Document type: Sale
Year: 1461
Scribe: [Unknown]
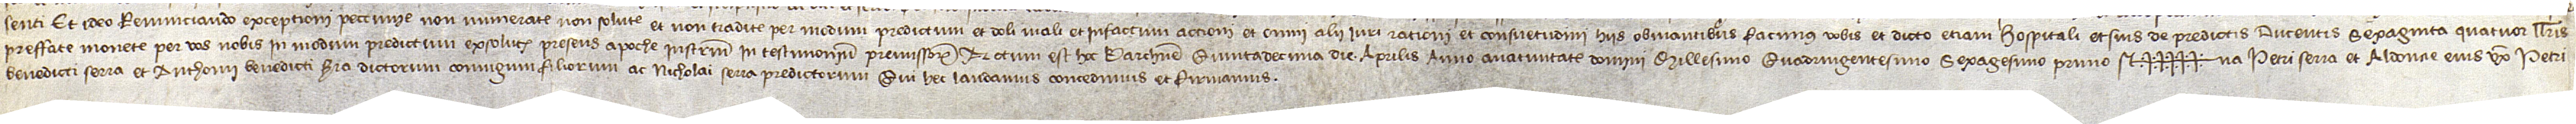
/ senti. Et ideo, renunciando exceptioni peccunie non numerate, non solute et non tradite per modum predictum, et doli mali, et infactum actioni, et omni alii iuri, rationi et consuetudini hiis obviantibus, facimus vobis et dicto etiam hospitali et suis de predictis ducentis sexaginta quatuor llibris